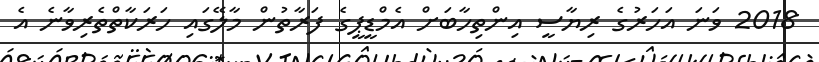
2018 ވަނަ އަހަރުގެ ރިޔާސީ އިންތިހާބަށް އެމްޑީޕީގެ ފަރާތުން މާލޭގައި ހަރަކާތްތެރިވާނެ އެ